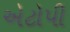
એટોપી